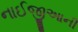
નાઈજીઆની